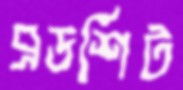
ব্রডশিট